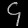
Digit: ၄